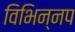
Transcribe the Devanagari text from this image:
विभिन्नप